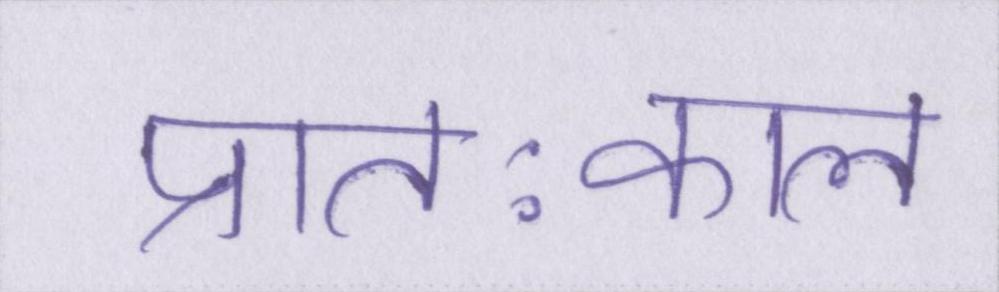
प्रातःकाल